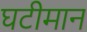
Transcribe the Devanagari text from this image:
घटीमान